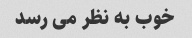
خوب به نظر می رسد